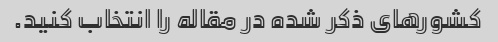
کشورهای ذکر شده در مقاله را انتخاب کنید.